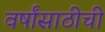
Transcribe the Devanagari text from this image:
वर्षांसाठीची